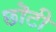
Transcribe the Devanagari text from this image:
छॊटी